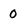
Character: 0